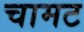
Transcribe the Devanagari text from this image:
चामट